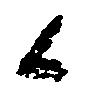
候